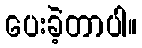
ပေးခဲ့တာပါ။